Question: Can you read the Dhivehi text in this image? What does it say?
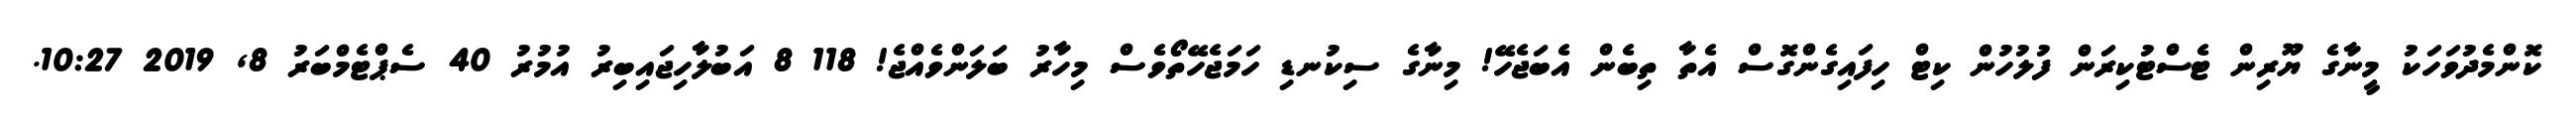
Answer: ކޮންމެދުވަހަކު މީނާގެ ޔޫރިން ޓެސްޓުކިރަން ފުލުހުން ކިޓް ހިފައިގެންގޮސް އެތާ ތިބެން އެބަޖެހޭ! މިނާގެ ސިކުނޑި ހަމަޖެހޭތޯވެސް މިހާރު ބަލަންވެއްޖެ! 118 8 އަބުލާހިޖައިބިރު އުމުރު 40 ސެޕްޓެމްބަރު 8, 2019 10:27.